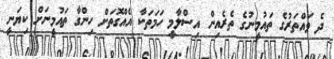
ދެ ވައްތަރުގެ ތައުމީނުގެ ތެރެއިން އިސްލާމީ ހަމަތަކާ އެއްގޮތަށް ހިންގާ ތައުމީނަށް ކިޔަނީ